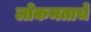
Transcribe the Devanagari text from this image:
लोकमताचे